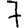
Digit: 7